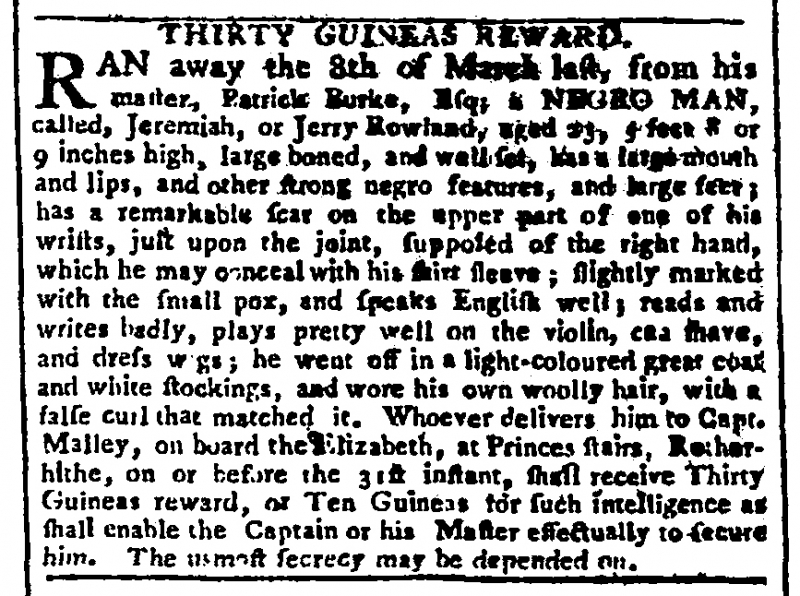
Gazetteer and New Daily Advertiser, 18 April 1769 (England)
       THIRTY GUINEAS REWARD.RAN away on the 8th of March last, from his master, Patrick Burke, Esq; a NEGRO MAN, called, Jeremiah, or Jerry Rowland, aged 23, five feet 8 or 9 inches high, large boned, and well set, has a large mouth and lips, and other strong negro features, and large feet; has a remarkable scar on the upper part of one of his wrists, just upon the joint, supposed of the right hand, which he may which he may conceal with his shirt sleeve; slightly marked with the small pox, and speaks English well; reads and writes badly, plays pretty well on the violin, can shave, and dress wigs; he went off in a light-coloured great coat and white stockings, and wore his own woolly hair, with a false curl that matched it. Whoever delivers him to Capt. Malley, on board the Elizabeth, at Princes stairs, Rotherhithe, on or before the 31st instant, shall receive Thirty Guineas Reward, or Ten Guineas for such intelligence as shall enable the Captain or his Master effectually to secure him. The utmost secrecy may be depended on.